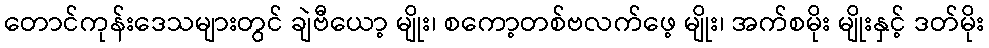
တောင်ကုန်းဒေသများတွင် ချဲဗီယော့ မျိုး၊ စကော့တစ်ဗလက်ဖေ့ မျိုး၊ အက်စမိုး မျိုးနှင့် ဒတ်မိုး